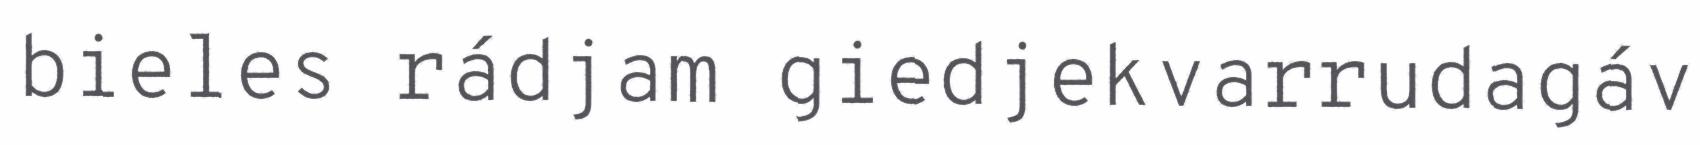
bieles rádjam giedjekvarrudagáv